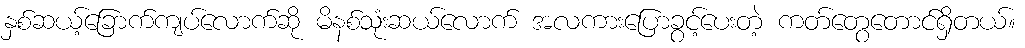
နှစ်ဆယ့်ခြောက်ကျပ်လောက်ဆို မိနစ်သုံးဆယ်လောက် အလကားပြောခွင့်ပေးတဲ့ ကတ်တွေတောင်ရှိတယ်။